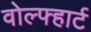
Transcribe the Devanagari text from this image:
वोल्फ्हार्ट